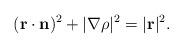
LaTeX: \begin{align*}({\bf r\cdot n})^2+|\nabla \rho|^2=|{\bf r}|^2.\end{align*}